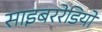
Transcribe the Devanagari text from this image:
साइबररेडियो